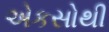
એકસોથી